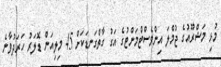
މުޅި މަޝްރޫއުގެ ޖުމްލަ އިންވެސްޓްމަންޓުގެ އަގު ގާތްގަނޑަކަށް 45 މިލިއަން ޑޮލަރު ހަރަދުވާނެ